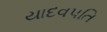
યાદવપતિ